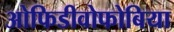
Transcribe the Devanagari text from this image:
ओफिडीवोफोबिया